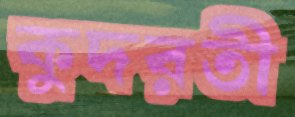
কুদরতী